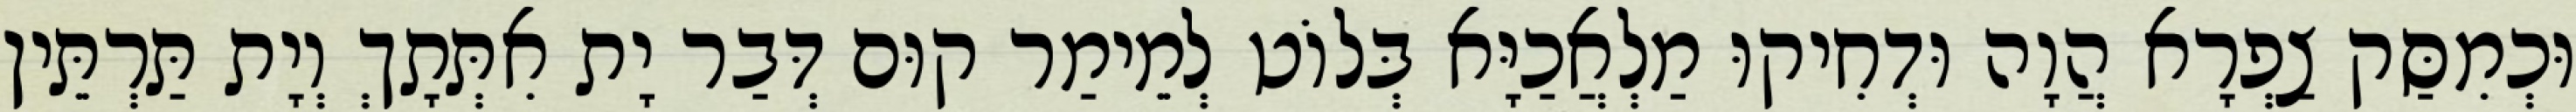
וּכְמִסַּק צַפְרָא הֲוָה וּדְחִיקוּ מַלְאֲכַיָּא בְּלוֹט לְמֵימַר קוּם דְּבַר יָת אִתְּתָךְ וְיָת תַּרְתֵּין